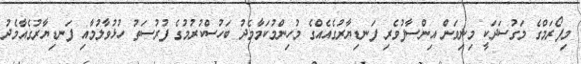
މިފޯރަމްގެ މަގުސަދަކީ މިނިވަން އިންސާފުވެރި ފަނޑިޔާރުގެއެއްގެ މުހިންމުކަމާމެދު ބަހުސްކުރުމުގެ ފުރުސަތު ހުޅުވާލުމާއި ފަނޑިޔާރުގެއާމެދު